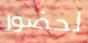
لحضور